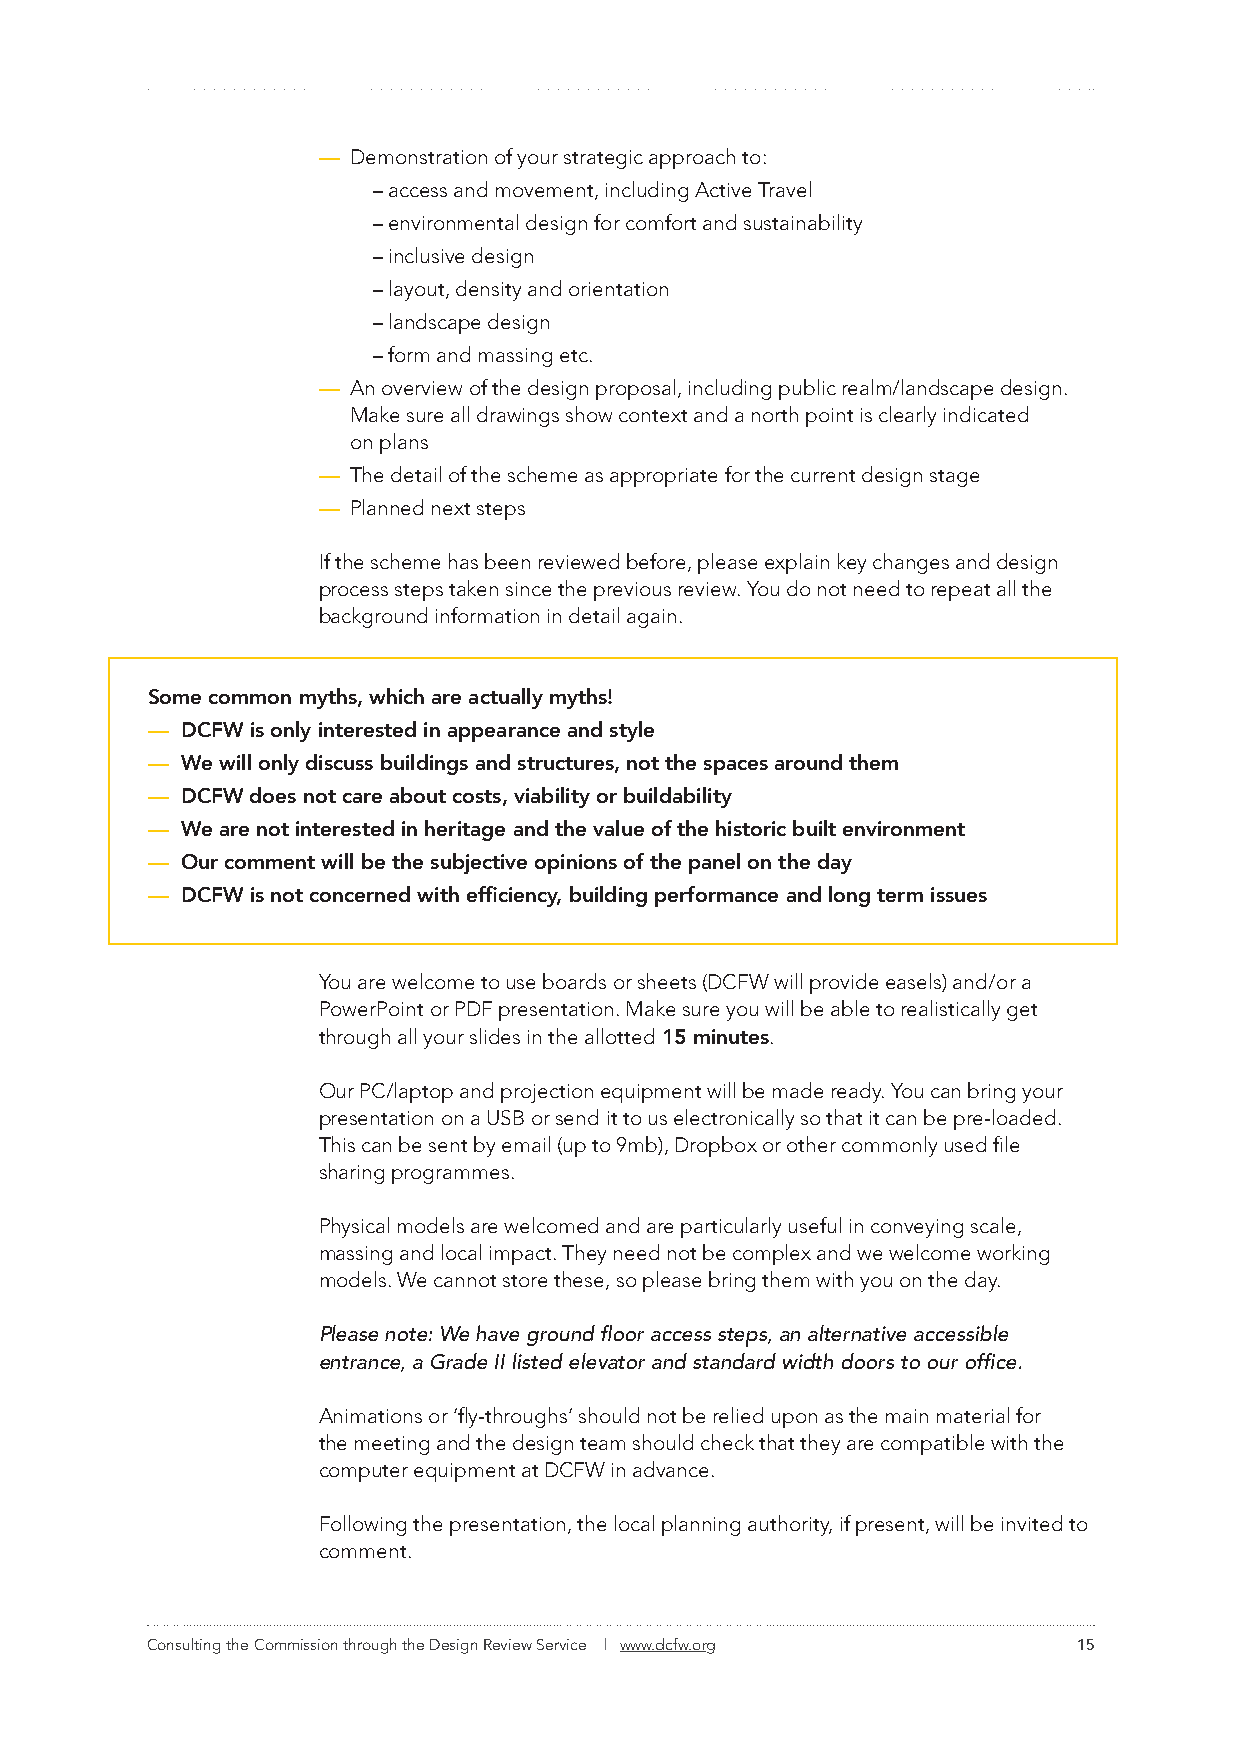
— Demonstration of your strategic approach to:
 – access and movement, including Active Travel
 – environmental design for comfort and sustainability
 – inclusive design
 – layout, density and orientation
 – landscape design
 – form and massing etc.
 — An overview of the design proposal, including public realm/landscape design.
 Make sure all drawings show context and a north point is clearly indicated
 on plans
 — The detail of the scheme as appropriate for the current design stage
 — Planned next steps
 If the scheme has been reviewed before, please explain key changes and design
 process steps taken since the previous review. You do not need to repeat all the
 background information in detail again.
 Some common myths, which are actually myths!
 — DCFW is only interested in appearance and style
 — We will only discuss buildings and structures, not the spaces around them
 — DCFW does not care about costs, viability or buildability
 — We are not interested in heritage and the value of the historic built environment
 — Our comment will be the subjective opinions of the panel on the day
 — DCFW is not concerned with efficiency, building performance and long term issues
 You are welcome to use boards or sheets (DCFW will provide easels) and/or a
 PowerPoint or PDF presentation. Make sure you will be able to realistically get
 through all your slides in the allotted 15 minutes.
 Our PC/laptop and projection equipment will be made ready. You can bring your
 presentation on a USB or send it to us electronically so that it can be pre-loaded.
 This can be sent by email (up to 9mb), Dropbox or other commonly used file
 sharing programmes.
 Physical models are welcomed and are particularly useful in conveying scale,
 massing and local impact. They need not be complex and we welcome working
 models. We cannot store these, so please bring them with you on the day.
 Please note: We have ground floor access steps, an alternative accessible
 entrance, a Grade II listed elevator and standard width doors to our office.
 Animations or ‘fly-throughs’ should not be relied upon as the main material for
 the meeting and the design team should check that they are compatible with the
 computer equipment at DCFW in advance.
 Following the presentation, the local planning authority, if present, will be invited to
 comment.
 Consulting the Commission through the Design Review Service | www.dcfw.org 15